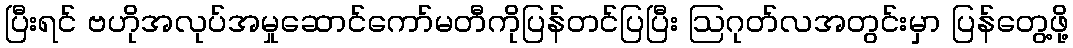
ပြီးရင် ဗဟိုအလုပ်အမှုဆောင်ကော်မတီကိုပြန်တင်ပြပြီး ဩဂုတ်လအတွင်းမှာ ပြန်တွေ့ဖို့